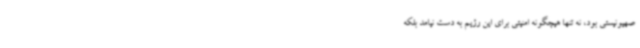
صهیونیستی بود، نه تنها هیچگونه امنیتی برای این رژیم به دست نیامد بلکه